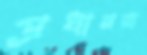
প্রধানরা